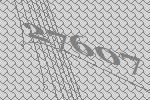
27607